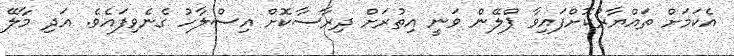
އެކަމަށް ތައްޔާރުކޮށްފައިވާ ޕްލޭން ވަނީ އިތުރަށް ދިރާސާކޮށް އިސްލާހު ގެނެވިފައެވެ. އަދި މާލޭ